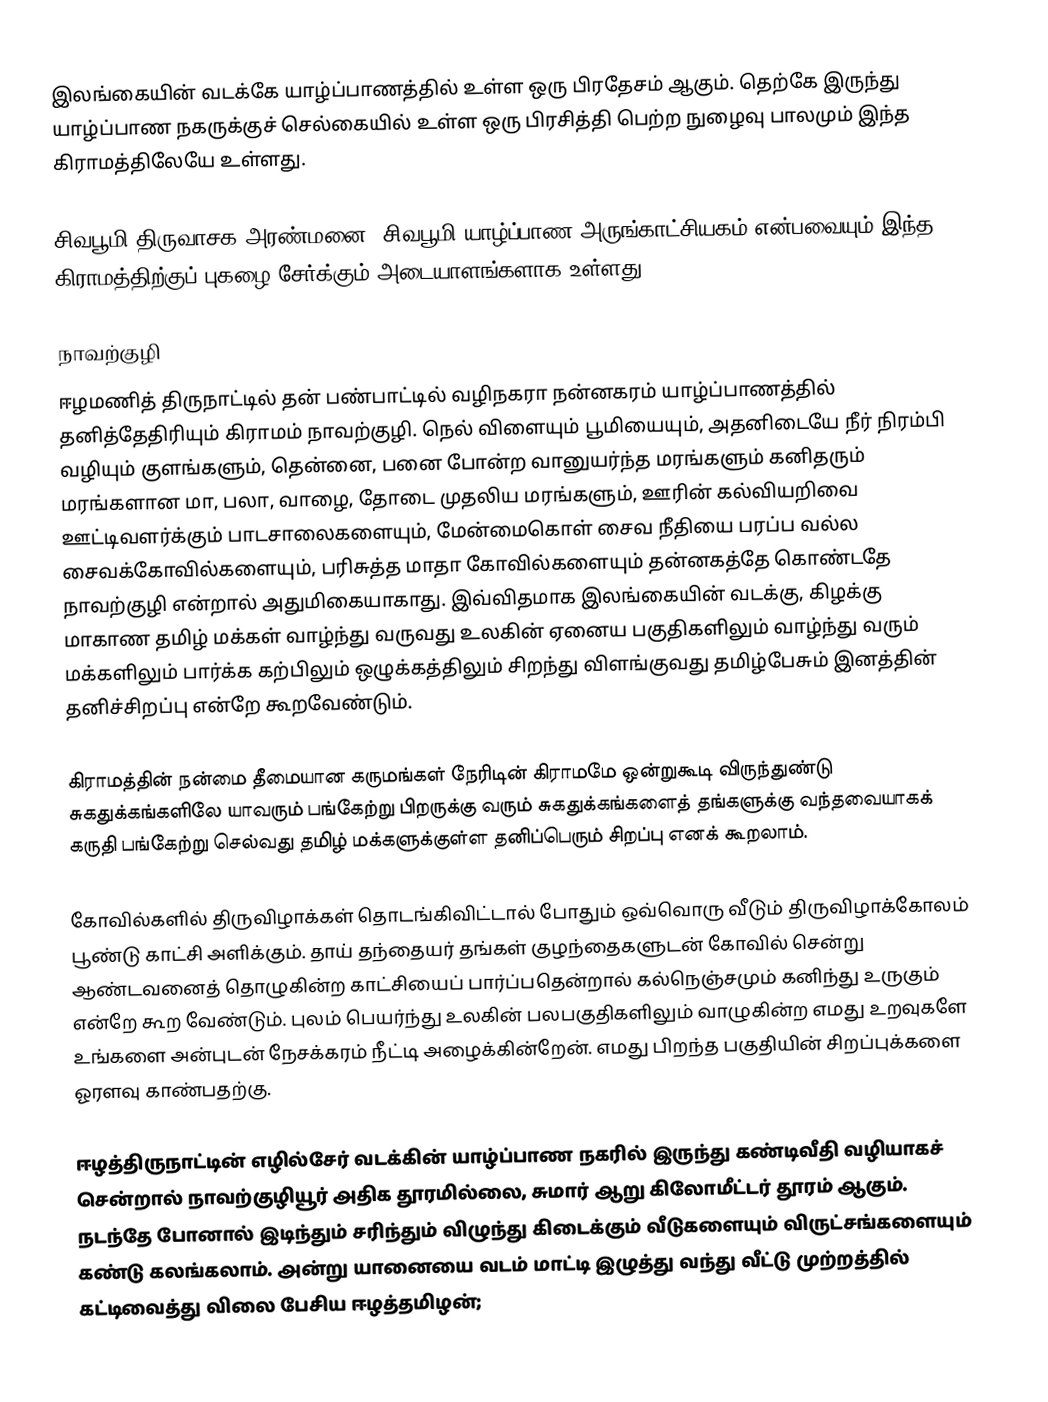
இலங்கையின் வடக்கே யாழ்ப்பாணத்தில் உள்ள ஒரு பிரதேசம் ஆகும். தெற்கே இருந்து யாழ்ப்பாண நகருக்குச் செல்கையில் உள்ள ஒரு பிரசித்தி பெற்ற நுழைவு பாலமும் இந்த கிராமத்திலேயே உள்ளது.

சிவபூமி திருவாசக அரண்மனை, சிவபூமி யாழ்ப்பாண அருங்காட்சியகம் என்பவையும் இந்த கிராமத்திற்குப் புகழை சேர்க்கும் அடையாளங்களாக உள்ளது.

நாவற்குழி
ஈழமணித் திருநாட்டில் தன் பண்பாட்டில் வழிநகரா நன்னகரம் யாழ்ப்பாணத்தில் தனித்தேதிரியும் கிராமம் நாவற்குழி. நெல் விளையும் பூமியையும், அதனிடையே நீர் நிரம்பி வழியும் குளங்களும், தென்னை, பனை போன்ற வானுயர்ந்த மரங்களும் கனிதரும்  மரங்களான மா, பலா, வாழை, தோடை முதலிய மரங்களும், ஊரின் கல்வியறிவை ஊட்டிவளர்க்கும் பாடசாலைகளையும்,  மேன்மைகொள் சைவ நீதியை பரப்ப வல்ல சைவக்கோவில்களையும், பரிசுத்த மாதா கோவில்களையும் தன்னகத்தே கொண்டதே நாவற்குழி என்றால் அதுமிகையாகாது. இவ்விதமாக இலங்கையின் வடக்கு, கிழக்கு மாகாண தமிழ் மக்கள் வாழ்ந்து வருவது உலகின் ஏனைய பகுதிகளிலும் வாழ்ந்து வரும் மக்களிலும் பார்க்க கற்பிலும் ஒழுக்கத்திலும் சிறந்து விளங்குவது தமிழ்பேசும் இனத்தின் தனிச்சிறப்பு என்றே கூறவேண்டும்.

கிராமத்தின் நன்மை தீமையான கருமங்கள் நேரிடின் கிராமமே ஒன்றுகூடி விருந்துண்டு சுகதுக்கங்களிலே யாவரும் பங்கேற்று பிறருக்கு வரும் சுகதுக்கங்களைத் தங்களுக்கு வந்தவையாகக் கருதி பங்கேற்று செல்வது தமிழ் மக்களுக்குள்ள தனிப்பெரும் சிறப்பு எனக் கூறலாம்.

கோவில்களில் திருவிழாக்கள் தொடங்கிவிட்டால் போதும் ஒவ்வொரு வீடும் திருவிழாக்கோலம் பூண்டு காட்சி அளிக்கும். தாய் தந்தையர் தங்கள் குழந்தைகளுடன் கோவில் சென்று ஆண்டவனைத் தொழுகின்ற காட்சியைப் பார்ப்பதென்றால் கல்நெஞ்சமும் கனிந்து உருகும் என்றே கூற வேண்டும். புலம் பெயர்ந்து உலகின் பலபகுதிகளிலும் வாழுகின்ற எமது உறவுகளே உங்களை அன்புடன் நேசக்கரம் நீட்டி அழைக்கின்றேன். எமது பிறந்த பகுதியின் சிறப்புக்களை ஓரளவு காண்பதற்கு.

ஈழத்திருநாட்டின் எழில்சேர் வடக்கின் யாழ்ப்பாண நகரில் இருந்து கண்டிவீதி வழியாகச் சென்றால் நாவற்குழியூர் அதிக தூரமில்லை, சுமார் ஆறு கிலோமீட்டர் தூரம் ஆகும். நடந்தே போனால் இடிந்தும் சரிந்தும் விழுந்து கிடைக்கும் வீடுகளையும் விருட்சங்களையும் கண்டு கலங்கலாம். அன்று யானையை வடம் மாட்டி இழுத்து வந்து வீட்டு முற்றத்தில் கட்டிவைத்து விலை பேசிய ஈழத்தமிழன்;